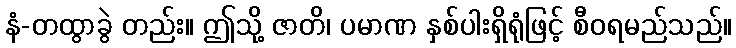
နံ-တထွာခွဲ တည်း။ ဤသို့ ဇာတိ၊ ပမာဏ နှစ်ပါးရှိရုံဖြင့် စီဝရမည်သည်။